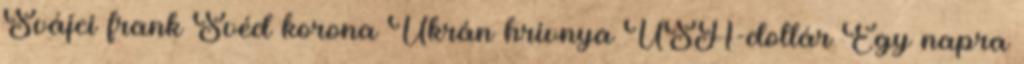
Svájci frank Svéd korona Ukrán hrivnya USA-dollár Egy napra